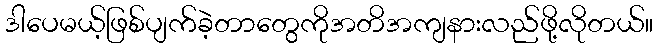
ဒါပေမယ့်ဖြစ်ပျက်ခဲ့တာတွေကိုအတိအကျနားလည်ဖို့လိုတယ်။